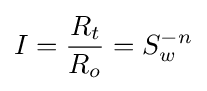
I={\frac {R_{t}}{R_{o}}}=S_{w}^{-n}